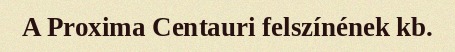
A Proxima Centauri felszínének kb.